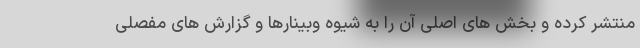
منتشر کرده و بخش های اصلی آن را به شیوه وبینارها و گزارش های مفصلی